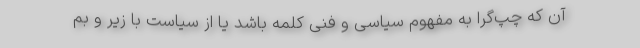
آن که چپ‌گرا به مفهوم سیاسی و فنی کلمه باشد یا از سیاست با زیر و بم